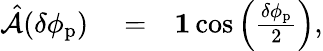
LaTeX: \begin{array}{rlr}{\hat{\mathcal{A}}(\delta\phi_{\mathrm{p}})}&{{}=}&{{\mathbf 1}\cos\left(\frac{\delta\phi_{\mathrm{p}}}{2}\right),}\end{array}